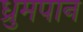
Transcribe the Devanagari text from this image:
ध्रुमपान